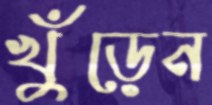
খুঁড়েন